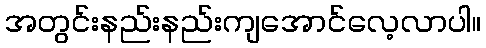
အတွင်းနည်းနည်းကျအောင်လေ့လာပါ။